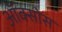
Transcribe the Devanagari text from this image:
ऑक्सोस